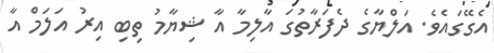
އެގޭގައެވެ. އަލްޔާގެ ދެފަރާތުގަ އާލިމާ އާ ޝިޔާމު ތިބި އިރު އަލަމް އާ